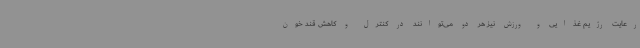
رعایت رژیم غذایی و ورزش نیز هر دو می‌توانند در کنترل و کاهش قند خون